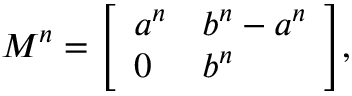
M ^ { n } = { \left[ \begin{array} { l l } { a ^ { n } } & { b ^ { n } - a ^ { n } } \\ { 0 } & { b ^ { n } } \end{array} \right] } ,